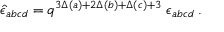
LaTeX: \hat { \epsilon } _ { a b c d } = q ^ { 3 \Delta ( a ) + 2 \Delta ( b ) + \Delta ( c ) + 3 } \; \epsilon _ { a b c d } \; .